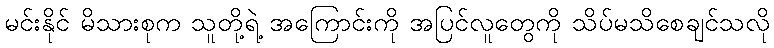
မင်းနိုင် မိသားစုက သူတို့ရဲ့ အကြောင်းကို အပြင်လူတွေကို သိပ်မသိစေချင်သလို